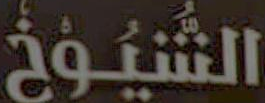
الشيوخ